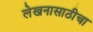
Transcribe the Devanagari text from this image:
लेखनासाठीचा